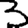
Digit: 3